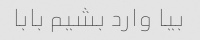
بیا وارد بشیم بابا